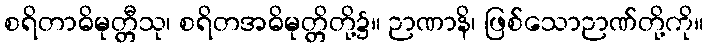
စရိတာဓိမုတ္တီသု၊ စရိတအဓိမုတ္တိတို့၌။ ဉာဏာနိ၊ ဖြစ်သောဉာဏ်တို့ကို။